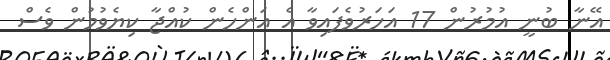
އޭނާ ބުނީ އުމުރުން 17 އަހަރުވެފައިވާ އެ އަންހެން ކުއްޖާ ކިޔެވުމުން ވެސް